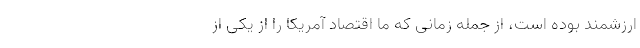
ارزشمند بوده است، از جمله زمانی که ما اقتصاد آمریکا را از یکی از